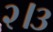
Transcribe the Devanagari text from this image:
२।३